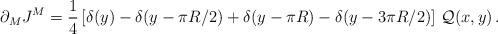
LaTeX: \begin{align*}\partial_M J^M=\frac{1}{4}\left[\delta(y)-\delta(y-\pi R/2)+\delta(y-\pi R)-\delta(y-3\pi R/2)\right]\,{\cal Q}(x,y)\, .\end{align*}